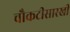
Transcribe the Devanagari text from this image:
चौकटीसारखी